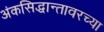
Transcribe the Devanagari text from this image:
अंकसिद्धान्तावरच्या